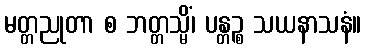
မတ္တညုတာ စ ဘတ္တသ္မိံ၊ ပန္တဉ္စ သယနာသနံ။